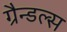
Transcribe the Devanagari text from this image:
ग्रैन्डल्स